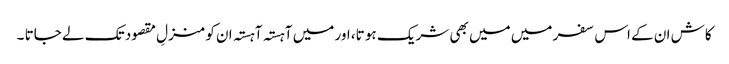
کاش ان کے اس سفر میں میں بھی شریک ہو تا، اور میں آہستہ آہستہ ان کو منزلِ مقصود تک لے جاتا ۔